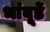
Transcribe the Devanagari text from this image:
भांबूर्डे